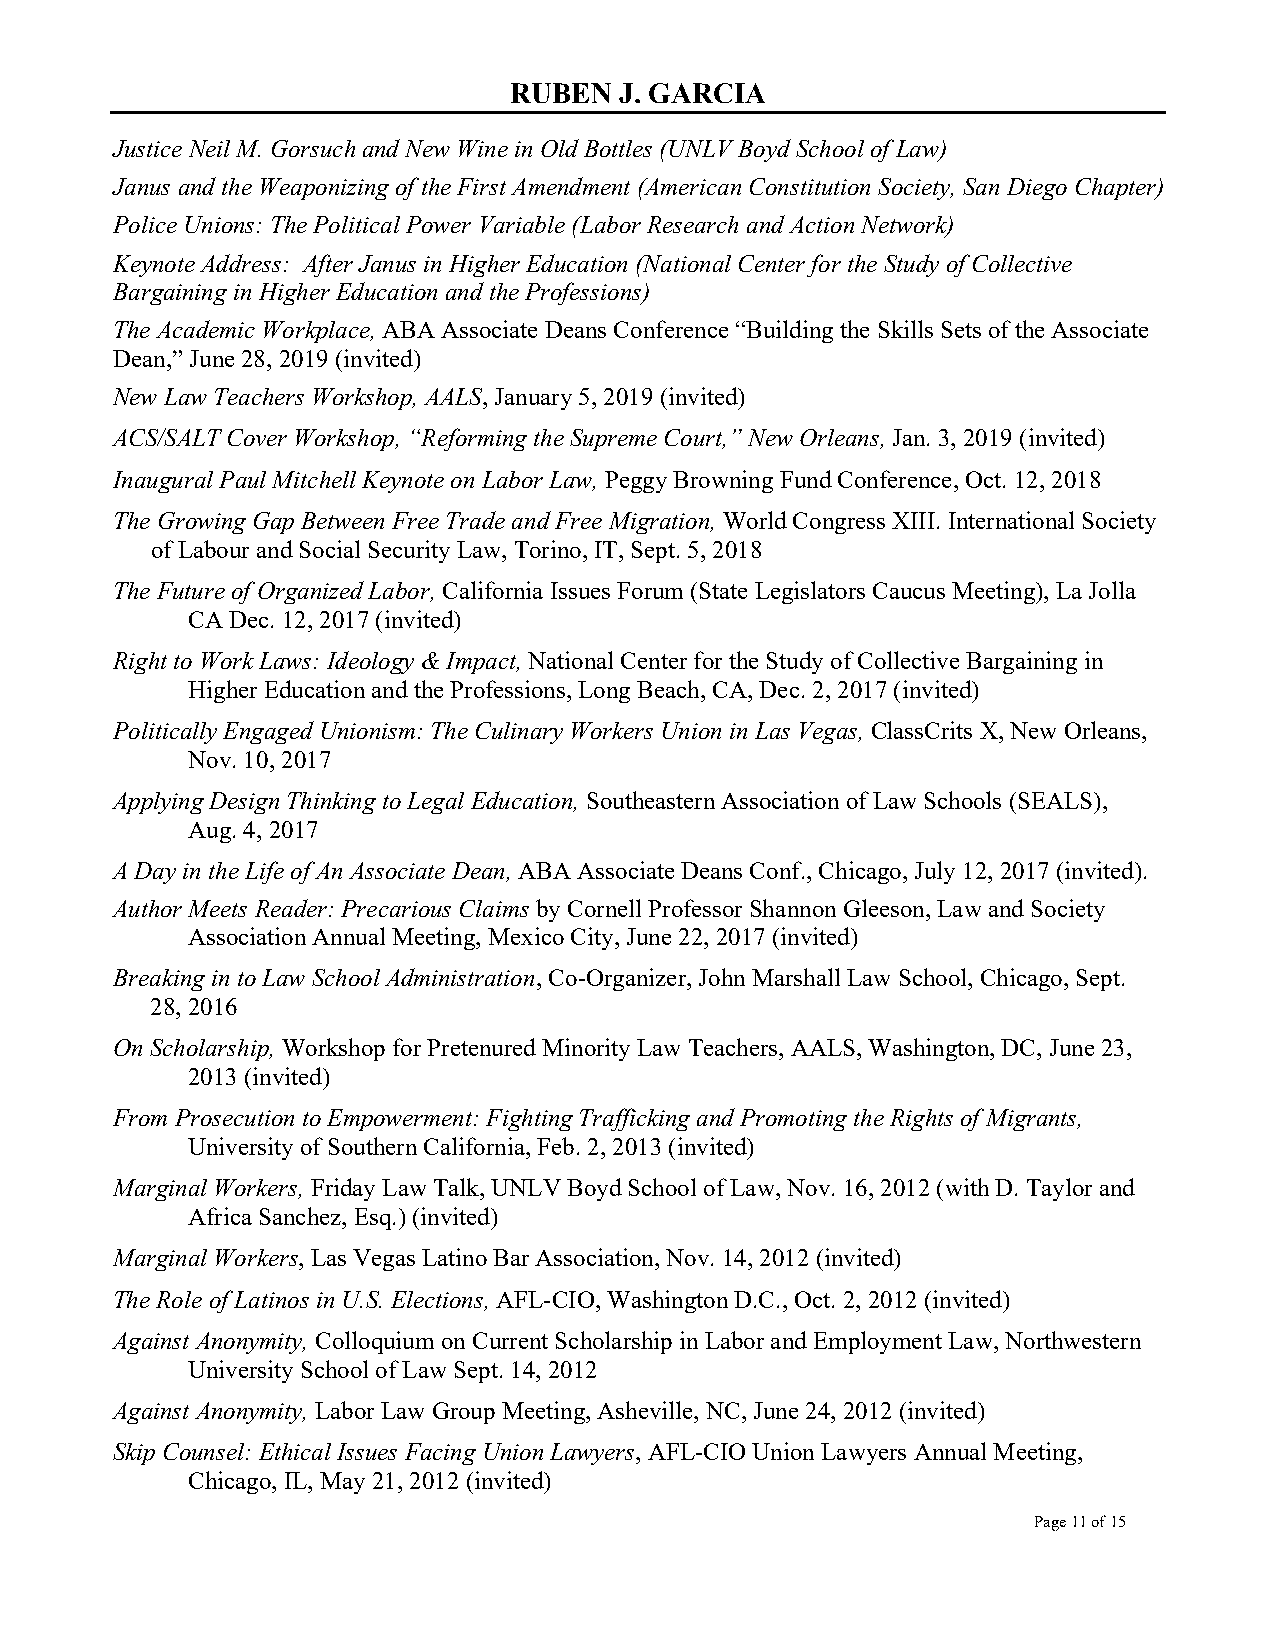
RUBEN  J. GARCIA
 Justice Neil M. Gorsuch and New Wine in Old Bottles (UNLV Boyd School of Law)
 Janus and the Weaponizing of the First Amendment (American Constitution Society, San Diego Chapter)
 Police Unions: The Political Power Variable (Labor Research and Action Network)
 Keynote Address: After Janus in Higher Education (National Center for the Study of Collective
 Bargaining in Higher Education and the Professions)
 The Academic Workplace, ABA Associate Deans Conference “Building the Skills Sets of the Associate
 Dean,” June 28, 2019 (invited)
 New Law Teachers Workshop, AALS, January 5, 2019 (invited)
 ACS/SALT Cover Workshop, “Reforming the Supreme Court,” New Orleans, Jan. 3, 2019 (invited)
 Inaugural Paul Mitchell Keynote on Labor Law, Peggy Browning Fund Conference, Oct. 12, 2018
 The Growing Gap Between Free Trade and Free Migration, World Congress XIII. International Society
 of Labour and Social Security Law, Torino, IT, Sept. 5, 2018
 The Future of Organized Labor, California Issues Forum (State Legislators Caucus Meeting), La Jolla
 CA Dec. 12, 2017 (invited)
 Right to Work Laws: Ideology & Impact, National Center for the Study of Collective Bargaining in
 Higher Education and the Professions, Long Beach, CA, Dec. 2, 2017 (invited)
 Politically Engaged Unionism: The Culinary Workers Union in Las Vegas, ClassCrits X, New Orleans,
 Nov. 10, 2017
 Applying Design Thinking to Legal Education, Southeastern Association of Law Schools (SEALS),
 Aug. 4, 2017
 A Day in the Life of An Associate Dean, ABA Associate Deans Conf., Chicago, July 12, 2017 (invited).
 Author Meets Reader: Precarious Claims by Cornell Professor Shannon Gleeson, Law and Society
 Association Annual Meeting, Mexico City, June 22, 2017 (invited)
 Breaking in to Law School Administration, Co-Organizer, John Marshall Law School, Chicago, Sept.
 28, 2016
 On Scholarship, Workshop for Pretenured Minority Law Teachers, AALS, Washington, DC, June 23,
 2013 (invited)
 From Prosecution to Empowerment: Fighting Trafficking and Promoting the Rights of Migrants,
 University of Southern California, Feb. 2, 2013 (invited)
 Marginal Workers, Friday Law Talk, UNLV Boyd School of Law, Nov. 16, 2012 (with D. Taylor and
 Africa Sanchez, Esq.) (invited)
 Marginal Workers, Las Vegas Latino Bar Association, Nov. 14, 2012 (invited)
 The Role of Latinos in U.S. Elections, AFL-CIO, Washington D.C., Oct. 2, 2012 (invited)
 Against Anonymity, Colloquium on Current Scholarship in Labor and Employment Law, Northwestern
 University School of Law Sept. 14, 2012
 Against Anonymity, Labor Law Group Meeting, Asheville, NC, June 24, 2012 (invited)
 Skip Counsel: Ethical Issues Facing Union Lawyers, AFL-CIO Union Lawyers Annual Meeting,
 Chicago, IL, May 21, 2012 (invited)
 Page 11 of 15